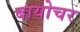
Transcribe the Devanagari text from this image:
बायोचर